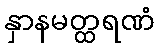
နှာနမတ္ထရဏံ